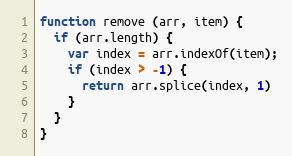
Language: JavaScript
function remove (arr, item) {
  if (arr.length) {
    var index = arr.indexOf(item);
    if (index > -1) {
      return arr.splice(index, 1)
    }
  }
}